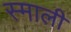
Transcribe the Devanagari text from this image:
स्माली